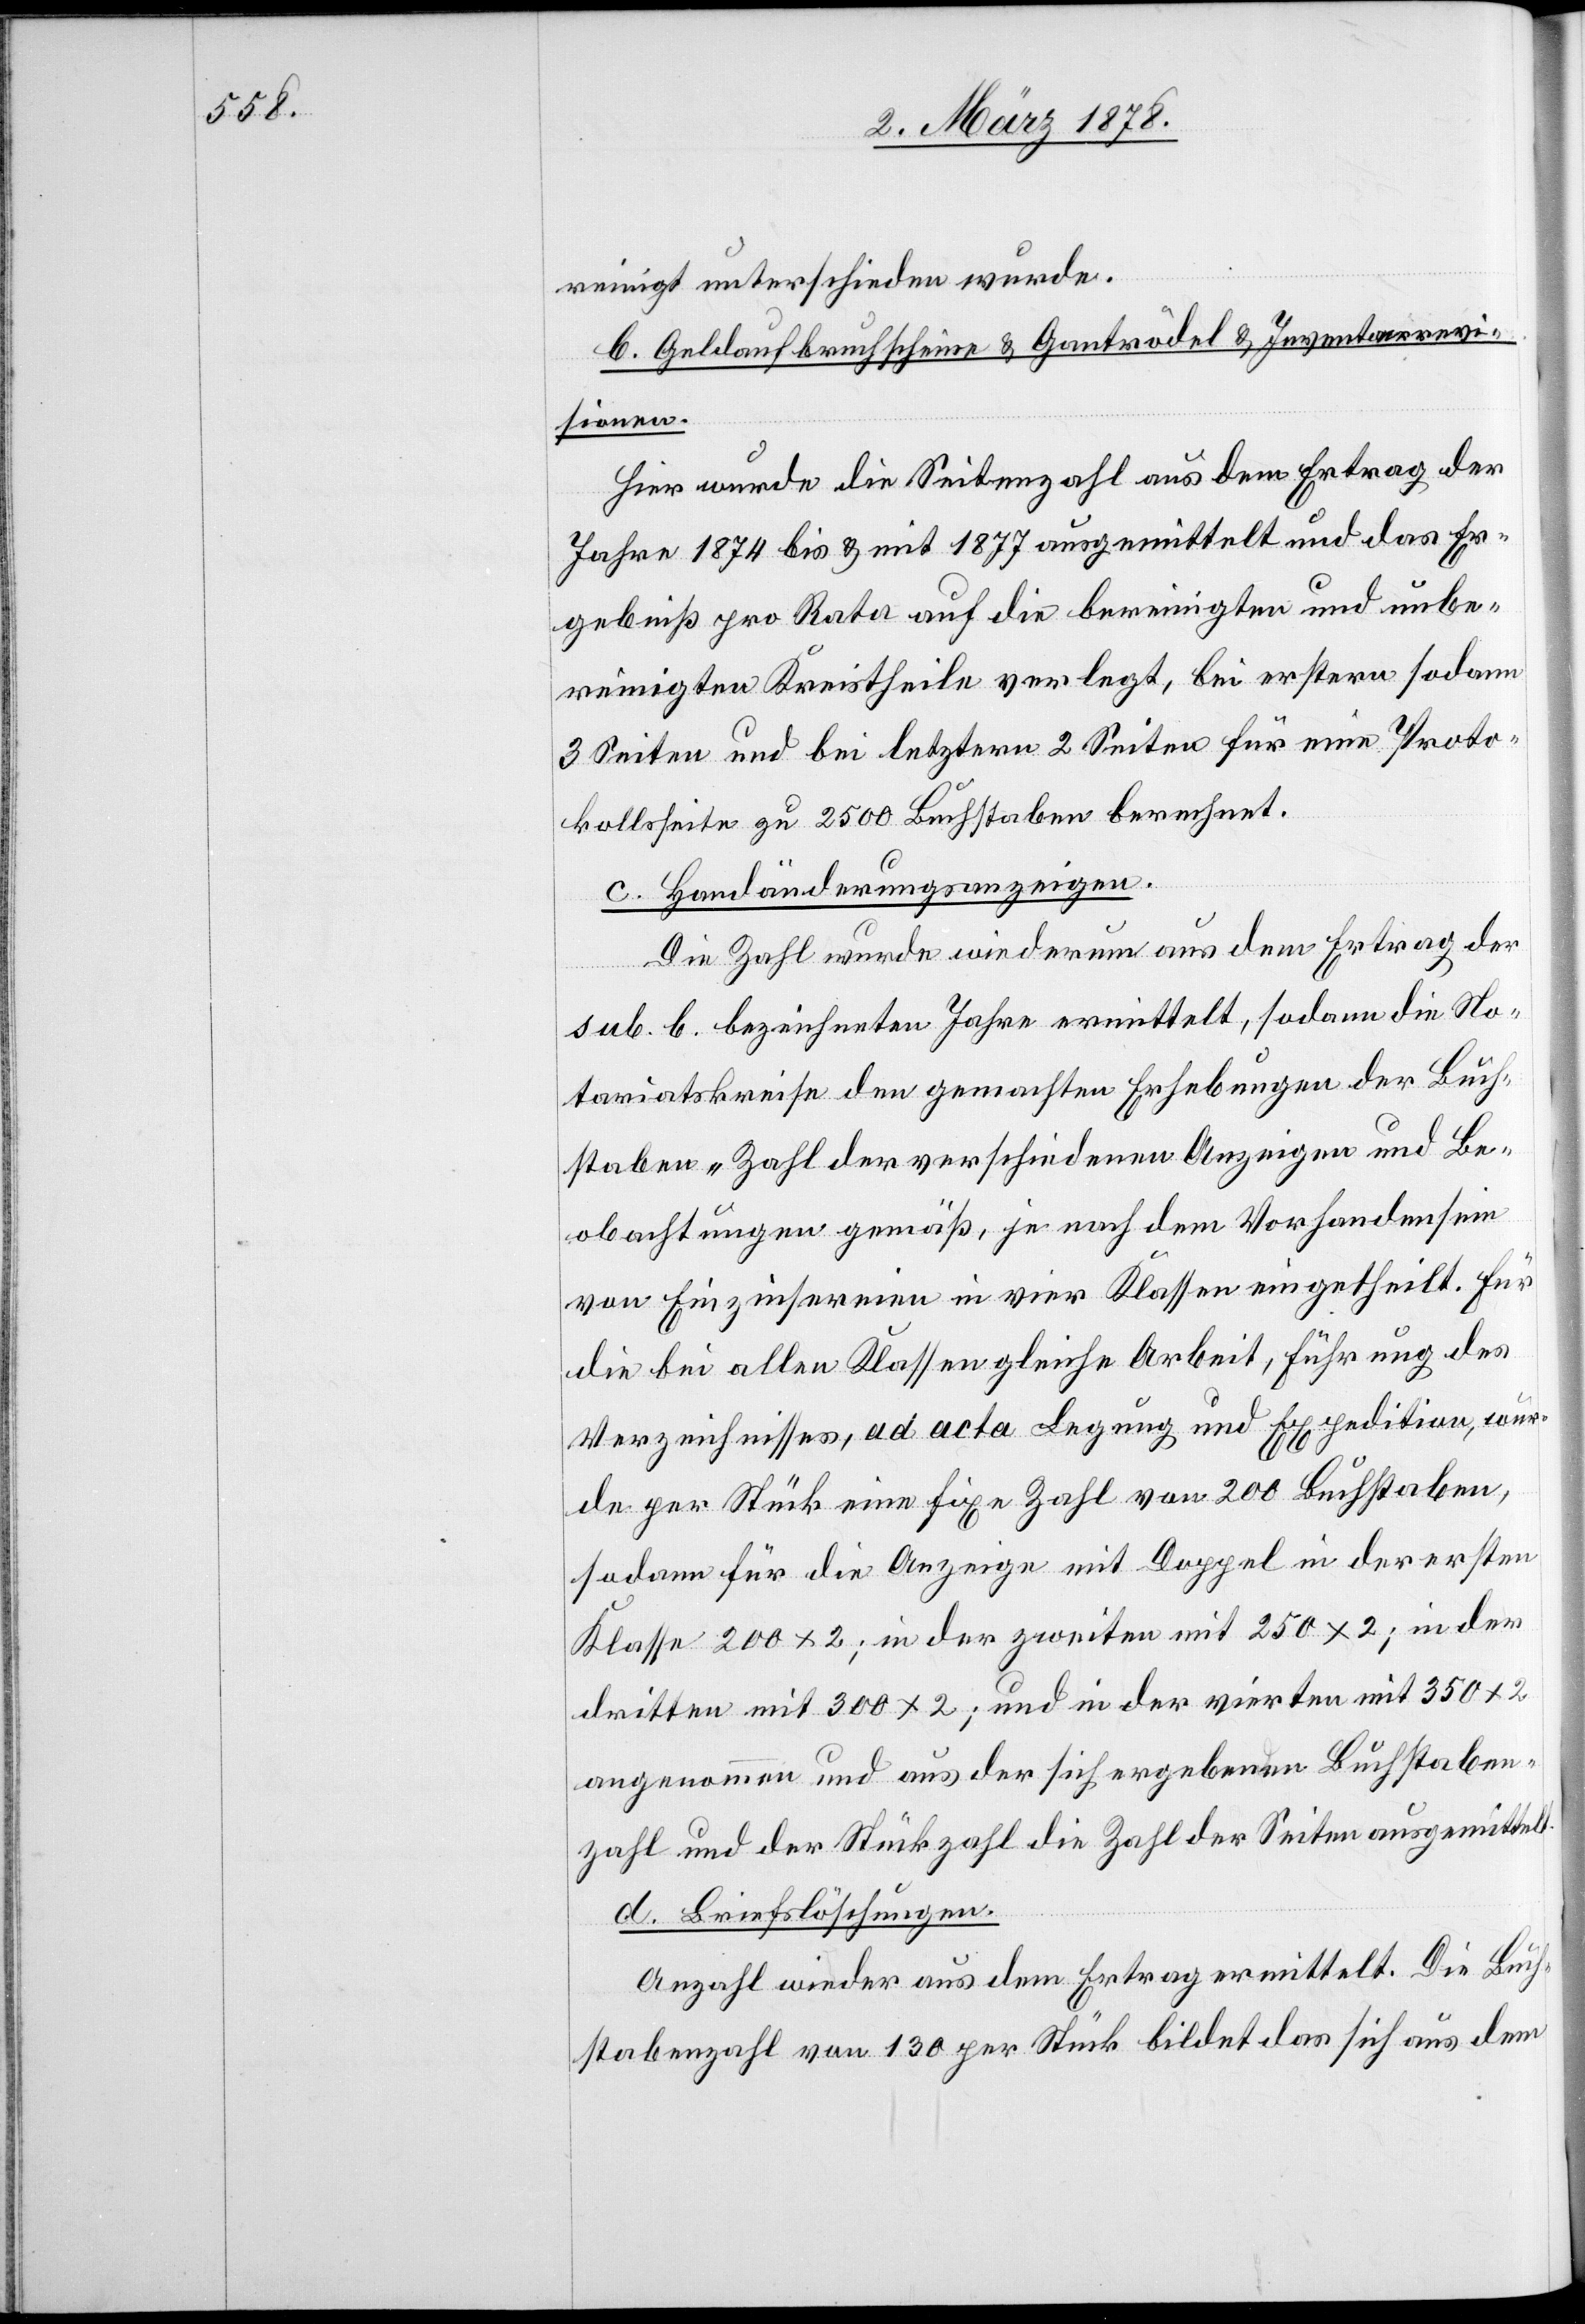
350

reinigt unterschieden wurde.
b. Geldaufbruchscheine & Gantrödel & Inventarrevi¬
sionen.
Hier wurde die Seitenzahl aus dem Ertrag der
Jahre 1874 bis & mit 1877 ausgemittelt und das Er¬
gebniß pro Rate auf die bereinigten und unbe¬
reinigten Kreistheile verlegt, bei erstern sodann
3 Seiten und bei letztern 2 Seiten für eine Proto¬
kollseite zu 2500 Buchstaben berechnet.
c. Handänderungsanzeigen.
Die Zahl wurde wiederum aus dem Ertrag der
sub. b. bezeichneten Jahre ermittelt, sodann die No¬
tariatskreise den gemachten Erhebungen der Buch¬
staben „Zahl der verschiedenen Anzeigen und Be¬
obachtungen gemäß, je nach dem Vorhandensein
von Einzinsereien in vier Klassen eingetheilt. Für
die bei allen Klassen gleiche Arbeit, Führung des
Verzeichnisses, ad acte Legung und Expedition, wur¬
de per Stück eine fixe Zahl von 200 Buchstaben,
sodann für die anzeige mit Doppel in der ersten
angenommen und aus der sich ergebenden Buchstaben¬
zahl und der Stückzahl die Zahl der Seiten ausgemittelt.
d. Briefslöschungen.
Anzahl wieder aus dem Ertrag ermittelt. Die Buch¬
stabenzahl von 130 per Stück bildet das sich aus dem